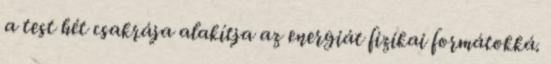
a test hét csakrája alakítja az energiát fizikai formátokká.